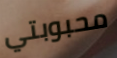
محبوبتي